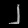
Digit: ၂